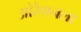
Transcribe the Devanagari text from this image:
ओरेगनला